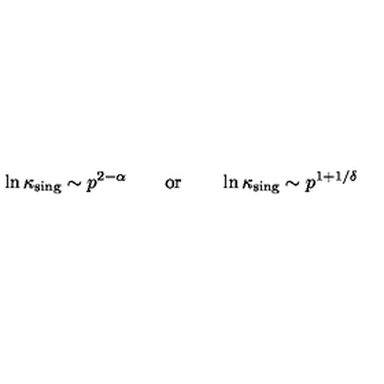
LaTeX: \ln \kappa _ { \mathrm { \scriptsize s i n g } } \sim p ^ { 2 - \alpha } \qquad \mathrm { o r } \qquad \ln \kappa _ { \mathrm { \scriptsize s i n g } } \sim p ^ { 1 + 1 / \delta }